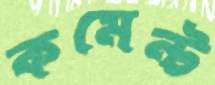
কমেন্ট